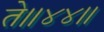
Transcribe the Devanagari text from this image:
ते॥४४॥